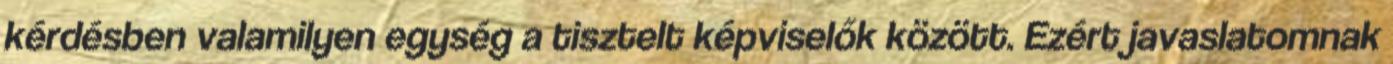
kérdésben valamilyen egység a tisztelt képviselők között. Ezért javaslatomnak